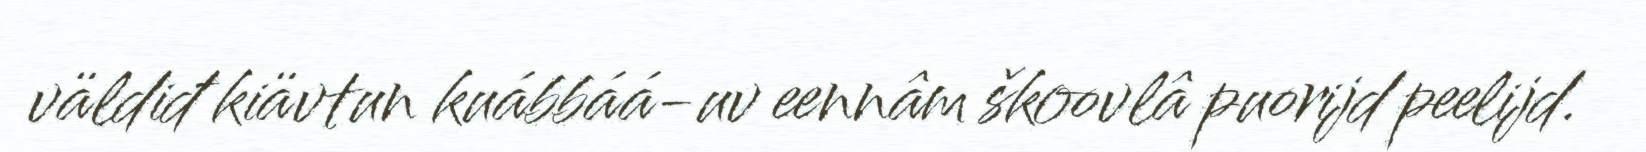
väldiđ kiävtun kuábbáá-uv eennâm škoovlâ puorijd peelijd.